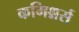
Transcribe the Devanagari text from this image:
कमिश्नर्स